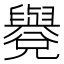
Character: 𦦳